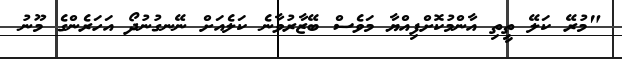
"މުރޭ ކަލޭ ތީތި އާންމުކޮށްފިއްޔާ މަވެސް ބޭޒާރުވާނެ ކަލެއަށް ނޭނގުނުދޯ އަހަރެންގެ މޫނު